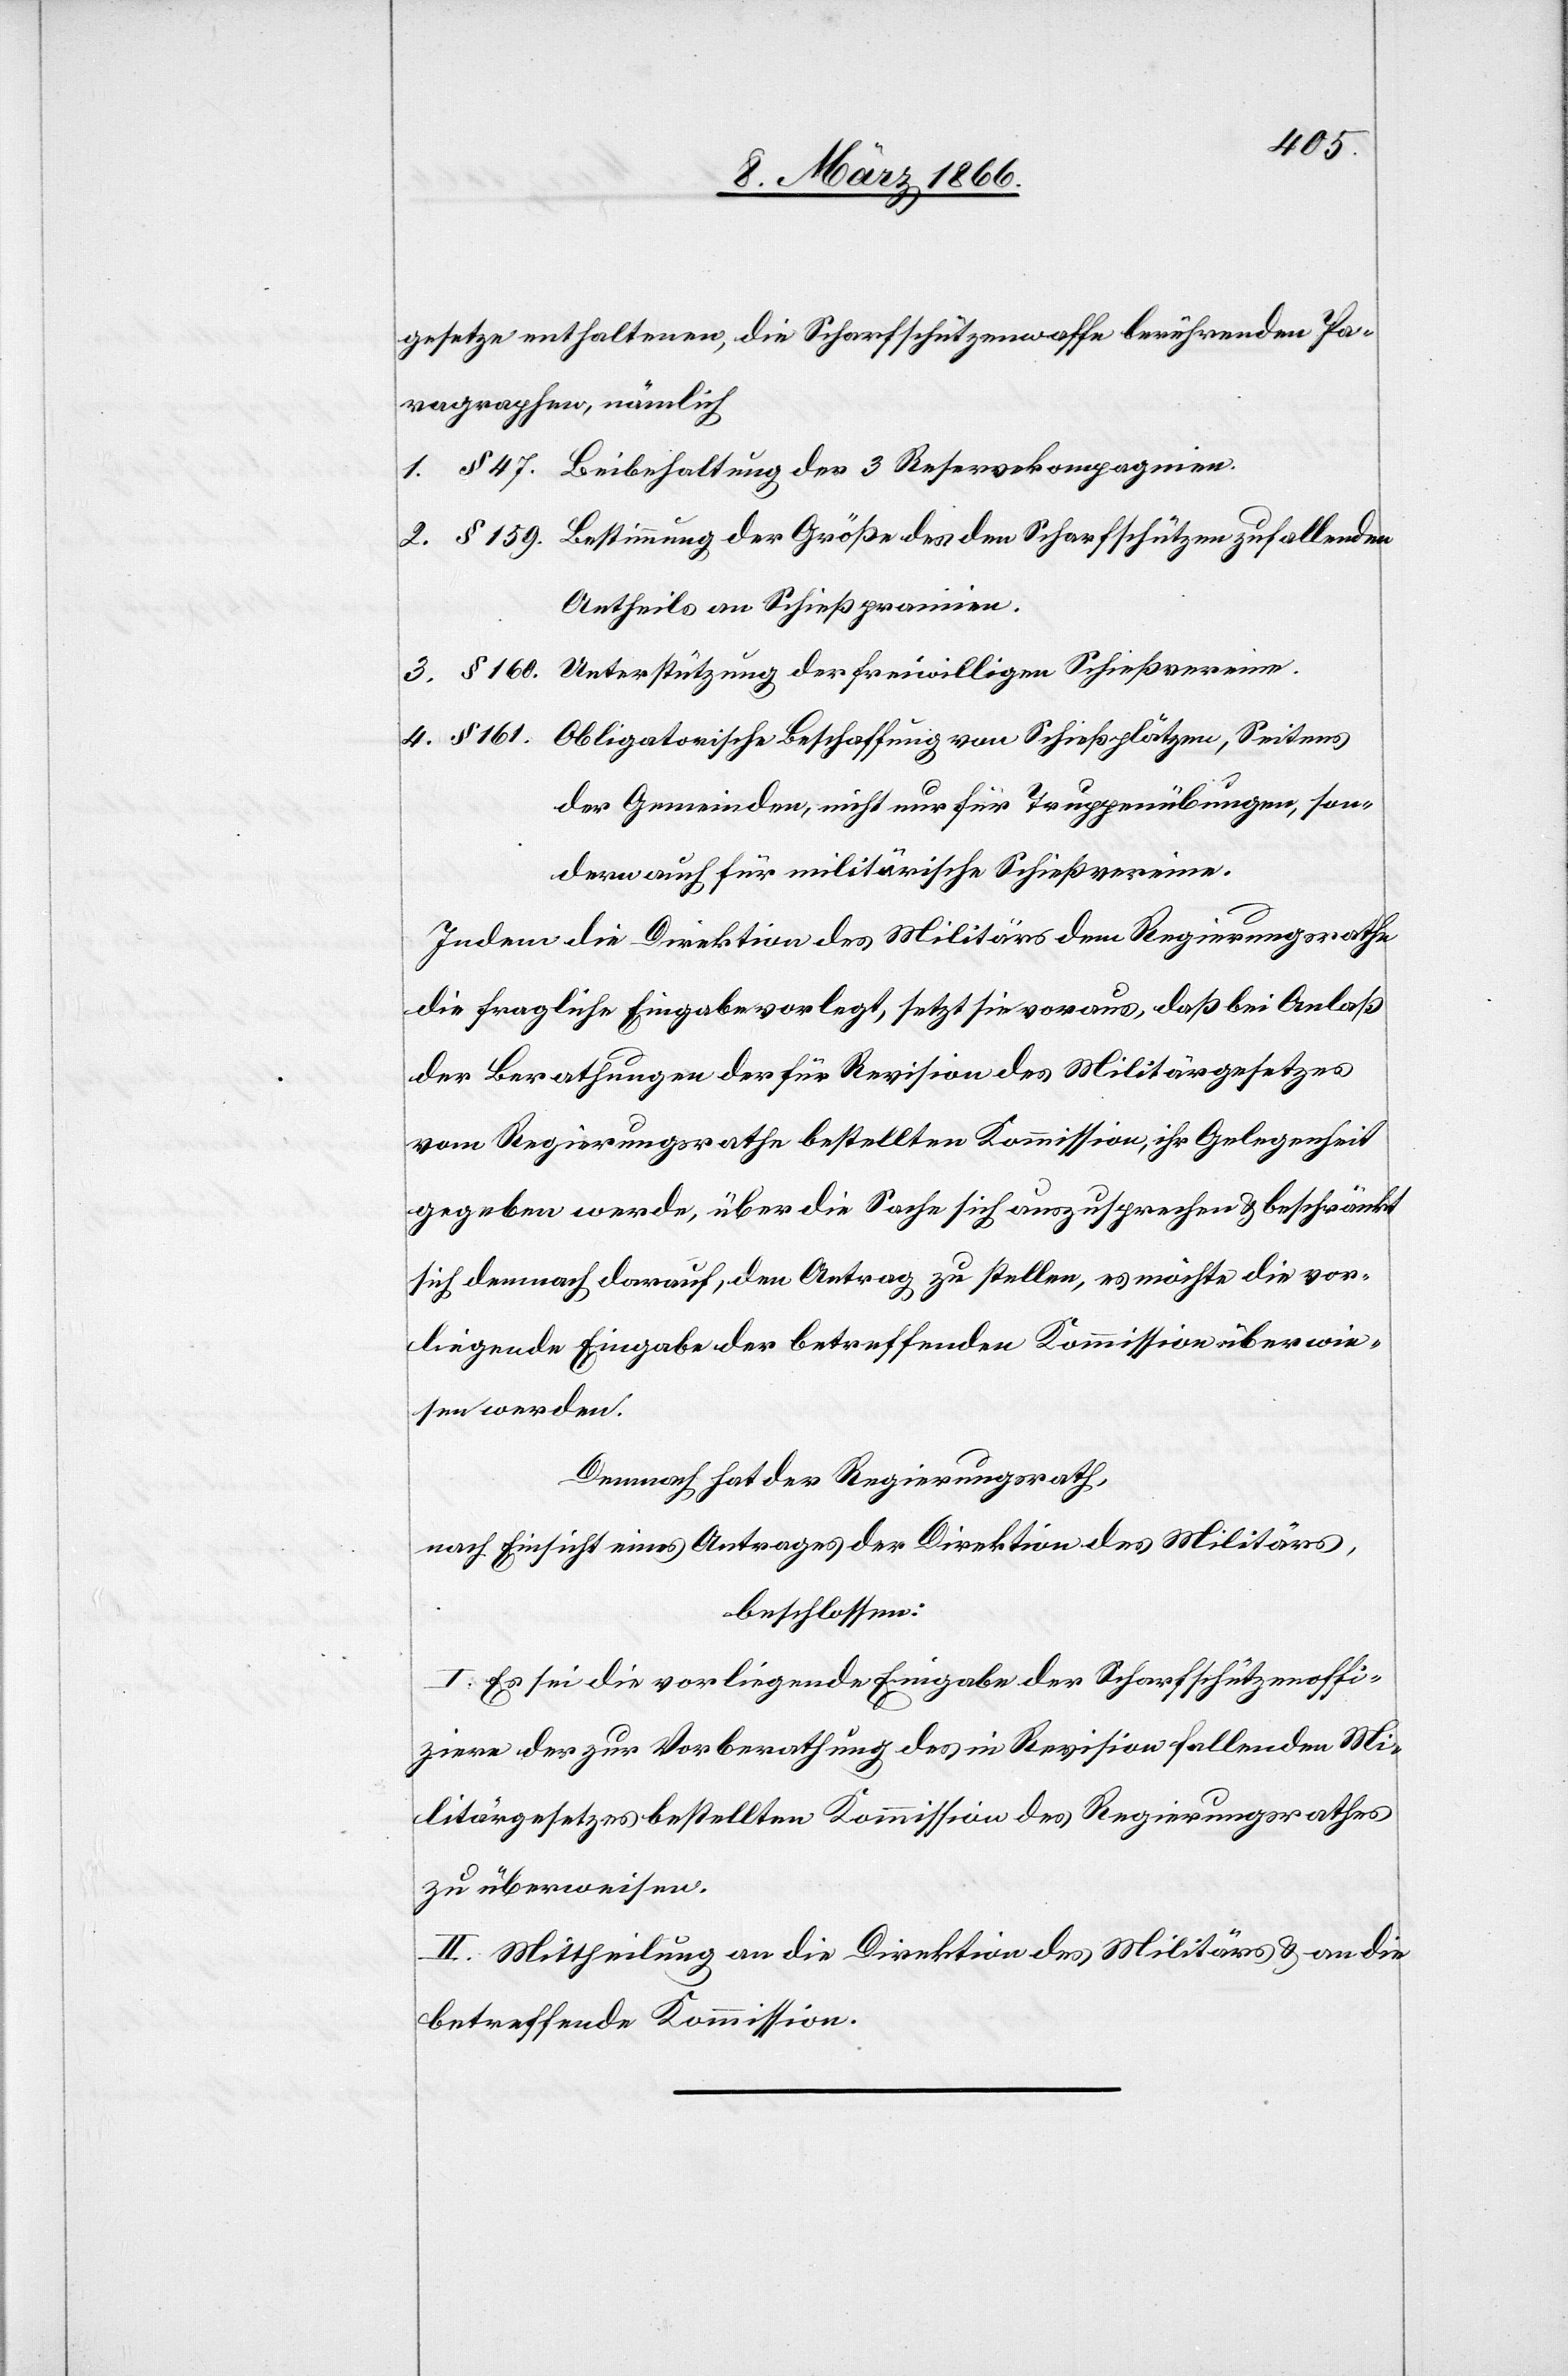
gesetze enthaltenen, die Scharfschützenwaffe berührenden Pa¬
ragraphen, nämlich
1.	§ 47. Beibehaltung der 3 Reservekompagnien.
2.	§ 159. Bestimmung der Größe des den Scharfschützen zufallenden
Antheils an Schießprämien.
3.	§ 160. Unterstützung der freiwilligen Schießvereine.
4.	§ 161. Obligatorische Beschaffung von Schießplätzen, Seitens
der Gemeinden, nicht nur für Truppenübungen, son¬
dern auch für militärische Schießvereine.
Indem die Direktion des Militärs dem Regierungsrathe
die fragliche Eingabe vorlegt, setzt sie voraus, daß bei Anlaß
der Berathungen der für Revision des Militärgesetzes
vom Regierungsrathe bestellten Kommission, ihr Gelegenheit
gegeben werde, über die Sache sich auszusprechen u. beschränkt
sich demnach darauf, den Antrag zu stellen, es möchte die vor¬
liegende Eingabe der betreffenden Kommission überwie¬
sen werden.
Demnach hat der Regierungsrath,
nach Einsicht eines Antrages der Direktion des Militärs,
beschlossen:
I. Es sei die vorliegende Eingabe der Scharfschützenoffi¬
ziere der zur Vorberathung des in Revision fallenden Mi¬
litärgesetzes bestellten Kommission des Regierungsrathes
zu überweisen.
II. Mittheilung an die Direktion des Militärs u. an die
betreffende Kommission.